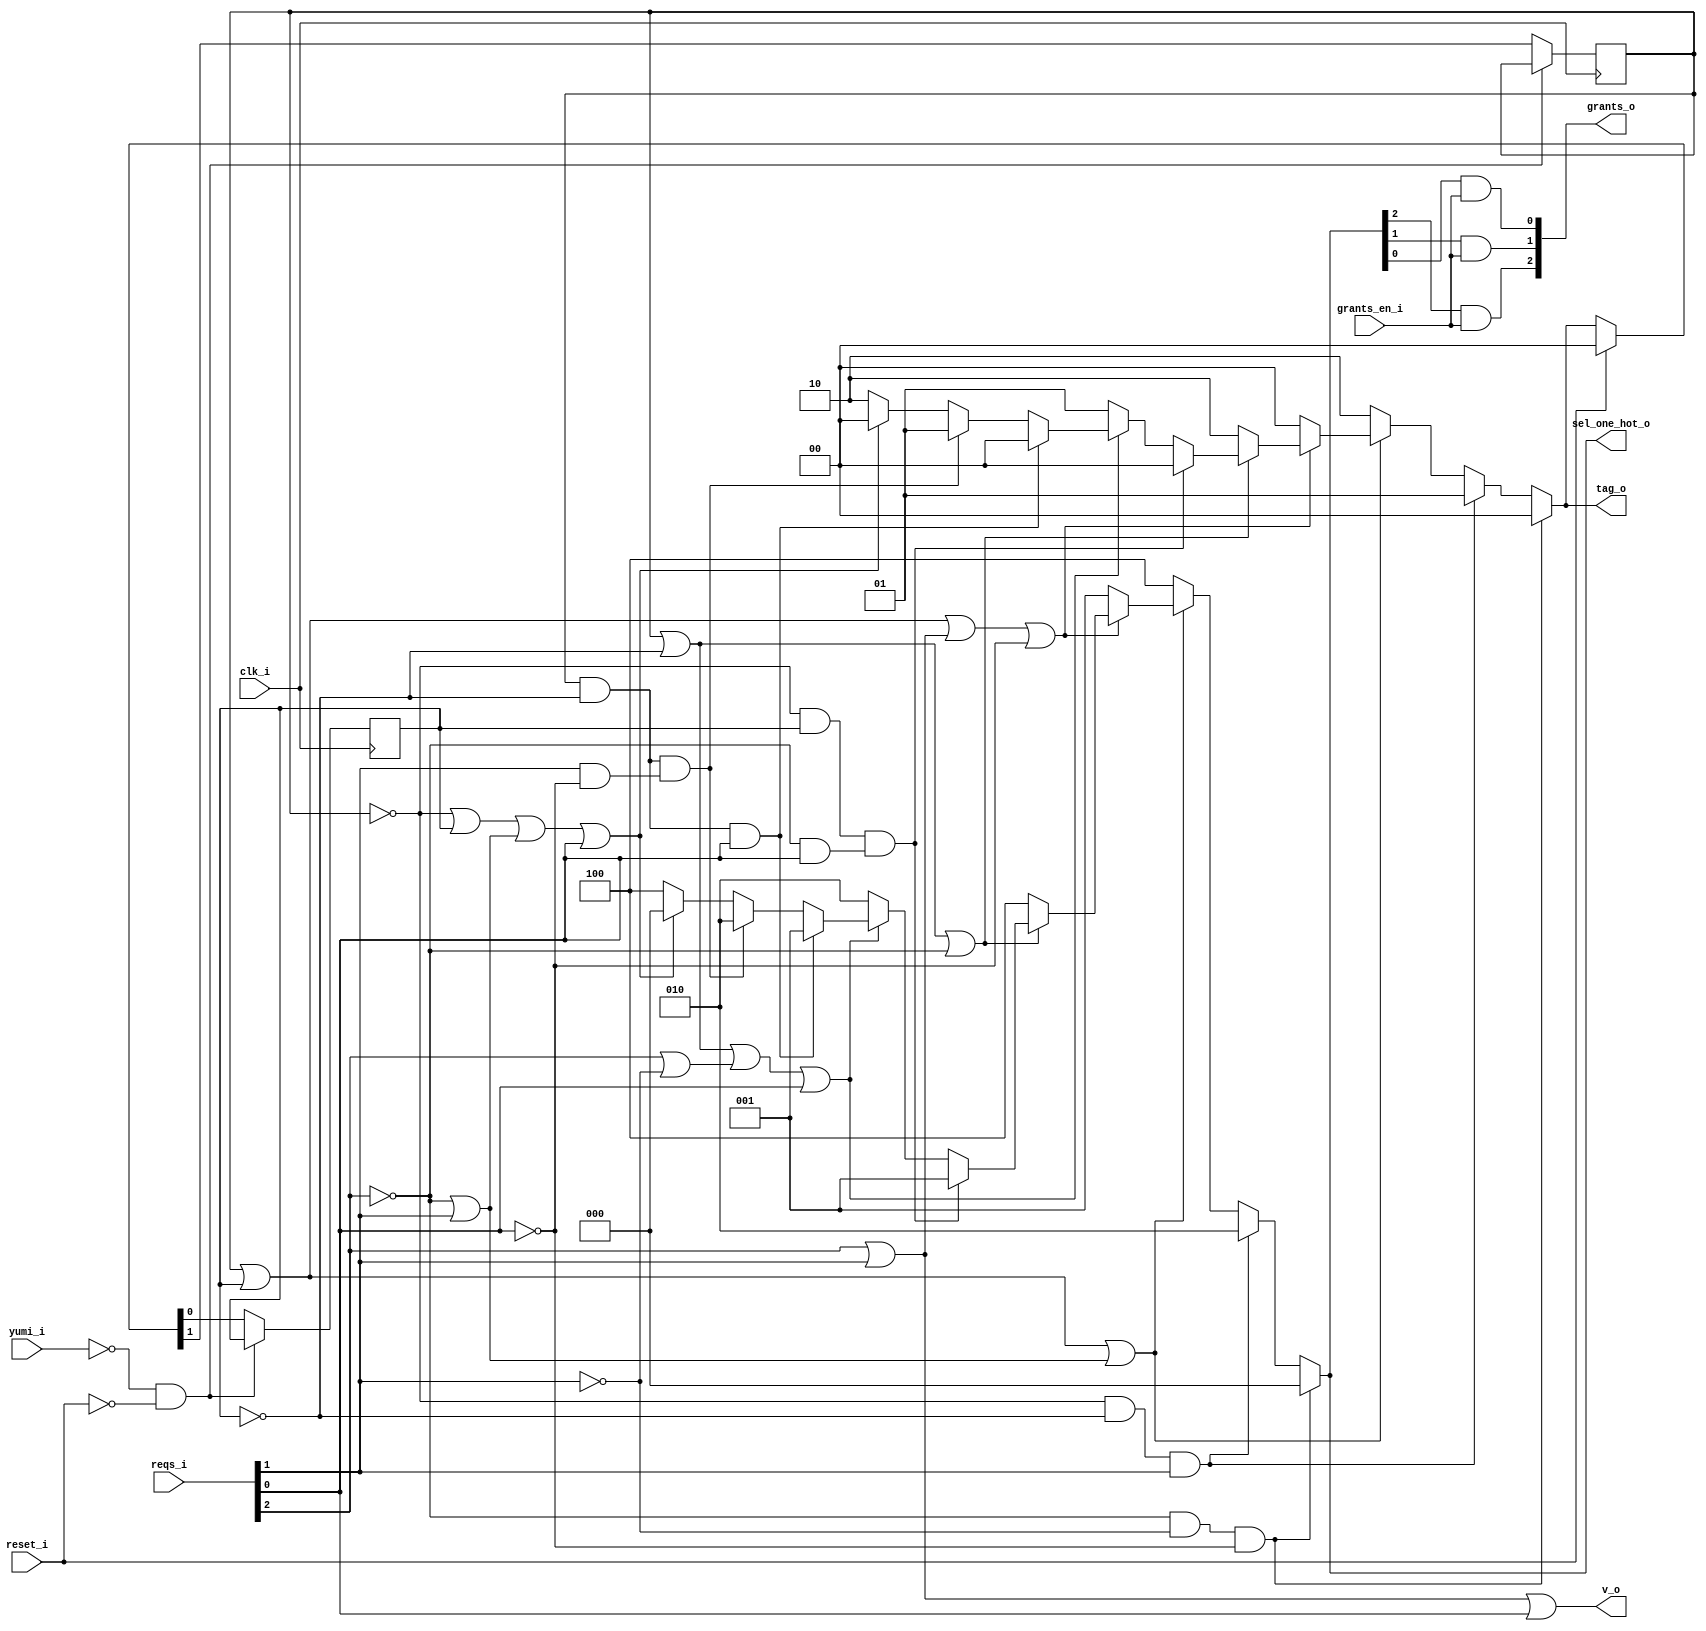
module bsg_round_robin_arb_inputs_p3
(
  clk_i,
  reset_i,
  grants_en_i,
  reqs_i,
  grants_o,
  sel_one_hot_o,
  v_o,
  tag_o,
  yumi_i
);

  input [2:0] reqs_i;
  output [2:0] grants_o;
  output [2:0] sel_one_hot_o;
  output [1:0] tag_o;
  input clk_i;
  input reset_i;
  input grants_en_i;
  input yumi_i;
  output v_o;
  wire [2:0] grants_o,sel_one_hot_o;
  wire [1:0] tag_o,last_r;
  wire v_o,N0,N1,N2,N3,N4,N5,N6,N7,N8,N9,N10,N11,N12,N13,N14,N15,N16,N17,N18,N19,N20,
  N21,N22,N23,N24,N25,N26,N27,N28,N29,N30,N31,N32,N33,N34,N35,N36,N37,N38,N39,N40,
  N41,N42,N43,N44,N45,N46,N47,N48,N49,N50,N51,N52,N53,N54,N55,N56,N57,N58,N59;
  reg last_r_1_sv2v_reg,last_r_0_sv2v_reg;
  assign last_r[1] = last_r_1_sv2v_reg;
  assign last_r[0] = last_r_0_sv2v_reg;
  assign N10 = N7 & N8;
  assign N11 = N10 & N9;
  assign N14 = N12 & N13;
  assign N15 = N14 & reqs_i[1];
  assign N16 = last_r[1] | last_r[0];
  assign N17 = N7 | reqs_i[1];
  assign N18 = N16 | N17;
  assign N20 = last_r[1] | last_r[0];
  assign N21 = reqs_i[2] | reqs_i[1];
  assign N22 = N20 | N21;
  assign N23 = N22 | N9;
  assign N25 = last_r[1] | N13;
  assign N26 = N25 | N7;
  assign N28 = N12 & last_r[0];
  assign N29 = N7 & reqs_i[0];
  assign N30 = N28 & N29;
  assign N31 = last_r[1] | N13;
  assign N32 = reqs_i[2] | N8;
  assign N33 = N31 | N32;
  assign N34 = N33 | reqs_i[0];
  assign N36 = last_r[1] & N13;
  assign N37 = N36 & reqs_i[0];
  assign N38 = last_r[1] & N13;
  assign N39 = reqs_i[1] & N9;
  assign N40 = N38 & N39;
  assign N41 = N12 | last_r[0];
  assign N42 = N41 | N17;
  assign N43 = N42 | reqs_i[0];
  assign N45 = last_r[1] & last_r[0];
  assign N46 = N45 & reqs_i[2];
  assign N47 = last_r[1] & last_r[0];
  assign N48 = N47 & reqs_i[0];
  assign N49 = last_r[1] & last_r[0];
  assign N50 = N49 & reqs_i[1];

  always @(posedge clk_i) begin
    if(N57) begin
      last_r_1_sv2v_reg <= N55;
    end 
  end


  always @(posedge clk_i) begin
    if(N57) begin
      last_r_0_sv2v_reg <= N54;
    end 
  end

  assign sel_one_hot_o = (N0)? { 1'b0, 1'b0, 1'b0 } : 
                         (N1)? { 1'b0, 1'b1, 1'b0 } : 
                         (N19)? { 1'b1, 1'b0, 1'b0 } : 
                         (N24)? { 1'b0, 1'b0, 1'b1 } : 
                         (N27)? { 1'b1, 1'b0, 1'b0 } : 
                         (N2)? { 1'b0, 1'b0, 1'b1 } : 
                         (N35)? { 1'b0, 1'b1, 1'b0 } : 
                         (N3)? { 1'b0, 1'b0, 1'b1 } : 
                         (N4)? { 1'b0, 1'b1, 1'b0 } : 
                         (N44)? { 1'b1, 1'b0, 1'b0 } : 1'b0;
  assign N0 = N11;
  assign N1 = N15;
  assign N2 = N30;
  assign N3 = N37;
  assign N4 = N40;
  assign tag_o = (N0)? { 1'b0, 1'b0 } : 
                 (N1)? { 1'b0, 1'b1 } : 
                 (N19)? { 1'b1, 1'b0 } : 
                 (N24)? { 1'b0, 1'b0 } : 
                 (N27)? { 1'b1, 1'b0 } : 
                 (N2)? { 1'b0, 1'b0 } : 
                 (N35)? { 1'b0, 1'b1 } : 
                 (N3)? { 1'b0, 1'b0 } : 
                 (N4)? { 1'b0, 1'b1 } : 
                 (N44)? { 1'b1, 1'b0 } : 
                 (N51)? { 1'b0, 1'b0 } : 1'b0;
  assign { N55, N54 } = (N5)? { 1'b0, 1'b0 } : 
                        (N6)? tag_o : 1'b0;
  assign N5 = reset_i;
  assign N6 = N53;
  assign N7 = ~reqs_i[2];
  assign N8 = ~reqs_i[1];
  assign N9 = ~reqs_i[0];
  assign N12 = ~last_r[1];
  assign N13 = ~last_r[0];
  assign N19 = ~N18;
  assign N24 = ~N23;
  assign N27 = ~N26;
  assign N35 = ~N34;
  assign N44 = ~N43;
  assign N51 = N46 | N58;
  assign N58 = N48 | N50;
  assign grants_o[2] = sel_one_hot_o[2] & grants_en_i;
  assign grants_o[1] = sel_one_hot_o[1] & grants_en_i;
  assign grants_o[0] = sel_one_hot_o[0] & grants_en_i;
  assign v_o = N59 | reqs_i[0];
  assign N59 = reqs_i[2] | reqs_i[1];
  assign N52 = ~yumi_i;
  assign N53 = ~reset_i;
  assign N56 = N52 & N53;
  assign N57 = ~N56;

endmodule